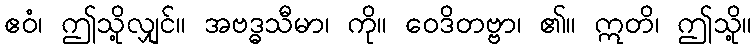
ဧဝံ၊ ဤသို့လျှင်။ အဗဒ္ဓသီမာ၊ ကို။ ဝေဒိတဗ္ဗာ၊ ၏။ ဣတိ၊ ဤသို့။